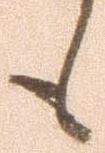
も